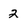
Character: 2